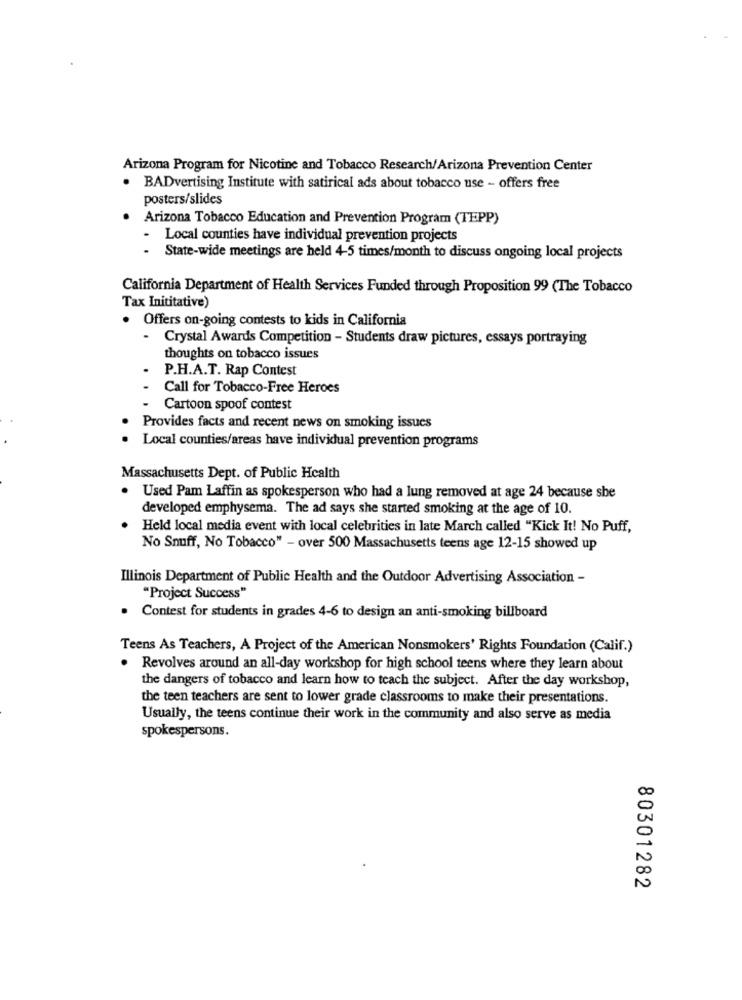
Arizona Program for Nicotine and Tobacco Research/Arizona Prevention Center
. BADvertising Institute with satirical ads about tobacco use - offers free
posters/slides
Arizona Tobacco Education and Prevention Program (TEPP)
- Local counties have individual prevention projects
State-wide meetings are held 4-5 times/month to discuss ongoing local projects
California Department of Health Services Funded through Proposition 99 (The Tobacco
Tax Inititative)
Offers on-going contests to kids in California
Crystal Awards Competition - Students draw pictures, essays portraying
thoughts on tobacco issues
P.H.A.T. Rap Contest
Call for Tobacco-Free Heroes
Cartoon spoof contest
Provides facts and recent news on smoking issues
Local counties/areas have individual prevention programs
Massachusetts Dept. of Public Health
Used Pam Laffin as spokesperson who had a lung removed at age 24 because she
developed emphysema. The ad says she started smoking at the age of 10.
Held local media event with local celebrities in late March called "Kick It! No Puff,
No Snuff, No Tobacco" - over 500 Massachusetts teens age 12-15 showed up
Illinois Department of Public Health and the Outdoor Advertising Association -
"Project Success"
. Contest for students in grades 4-6 to design an anti-smoking billboard
Teens As Teachers, A Project of the American Nonsmokers' Rights Foundation (Calif.)
Revolves around an all-day workshop for high school teens where they learn about
the dangers of tobacco and learn how to teach the subject. After the day workshop,
the teen teachers are sent to lower grade classrooms to make their presentations.
Usually, the teens continue their work in the community and also serve as media
spokespersons.
80301282